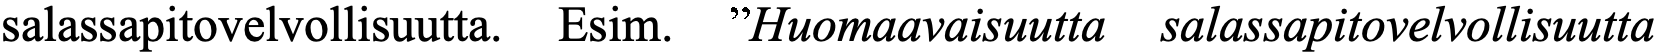
salassapitovelvollisuutta. Esim. ”Huomaavaisuutta salassapitovelvollisuutta